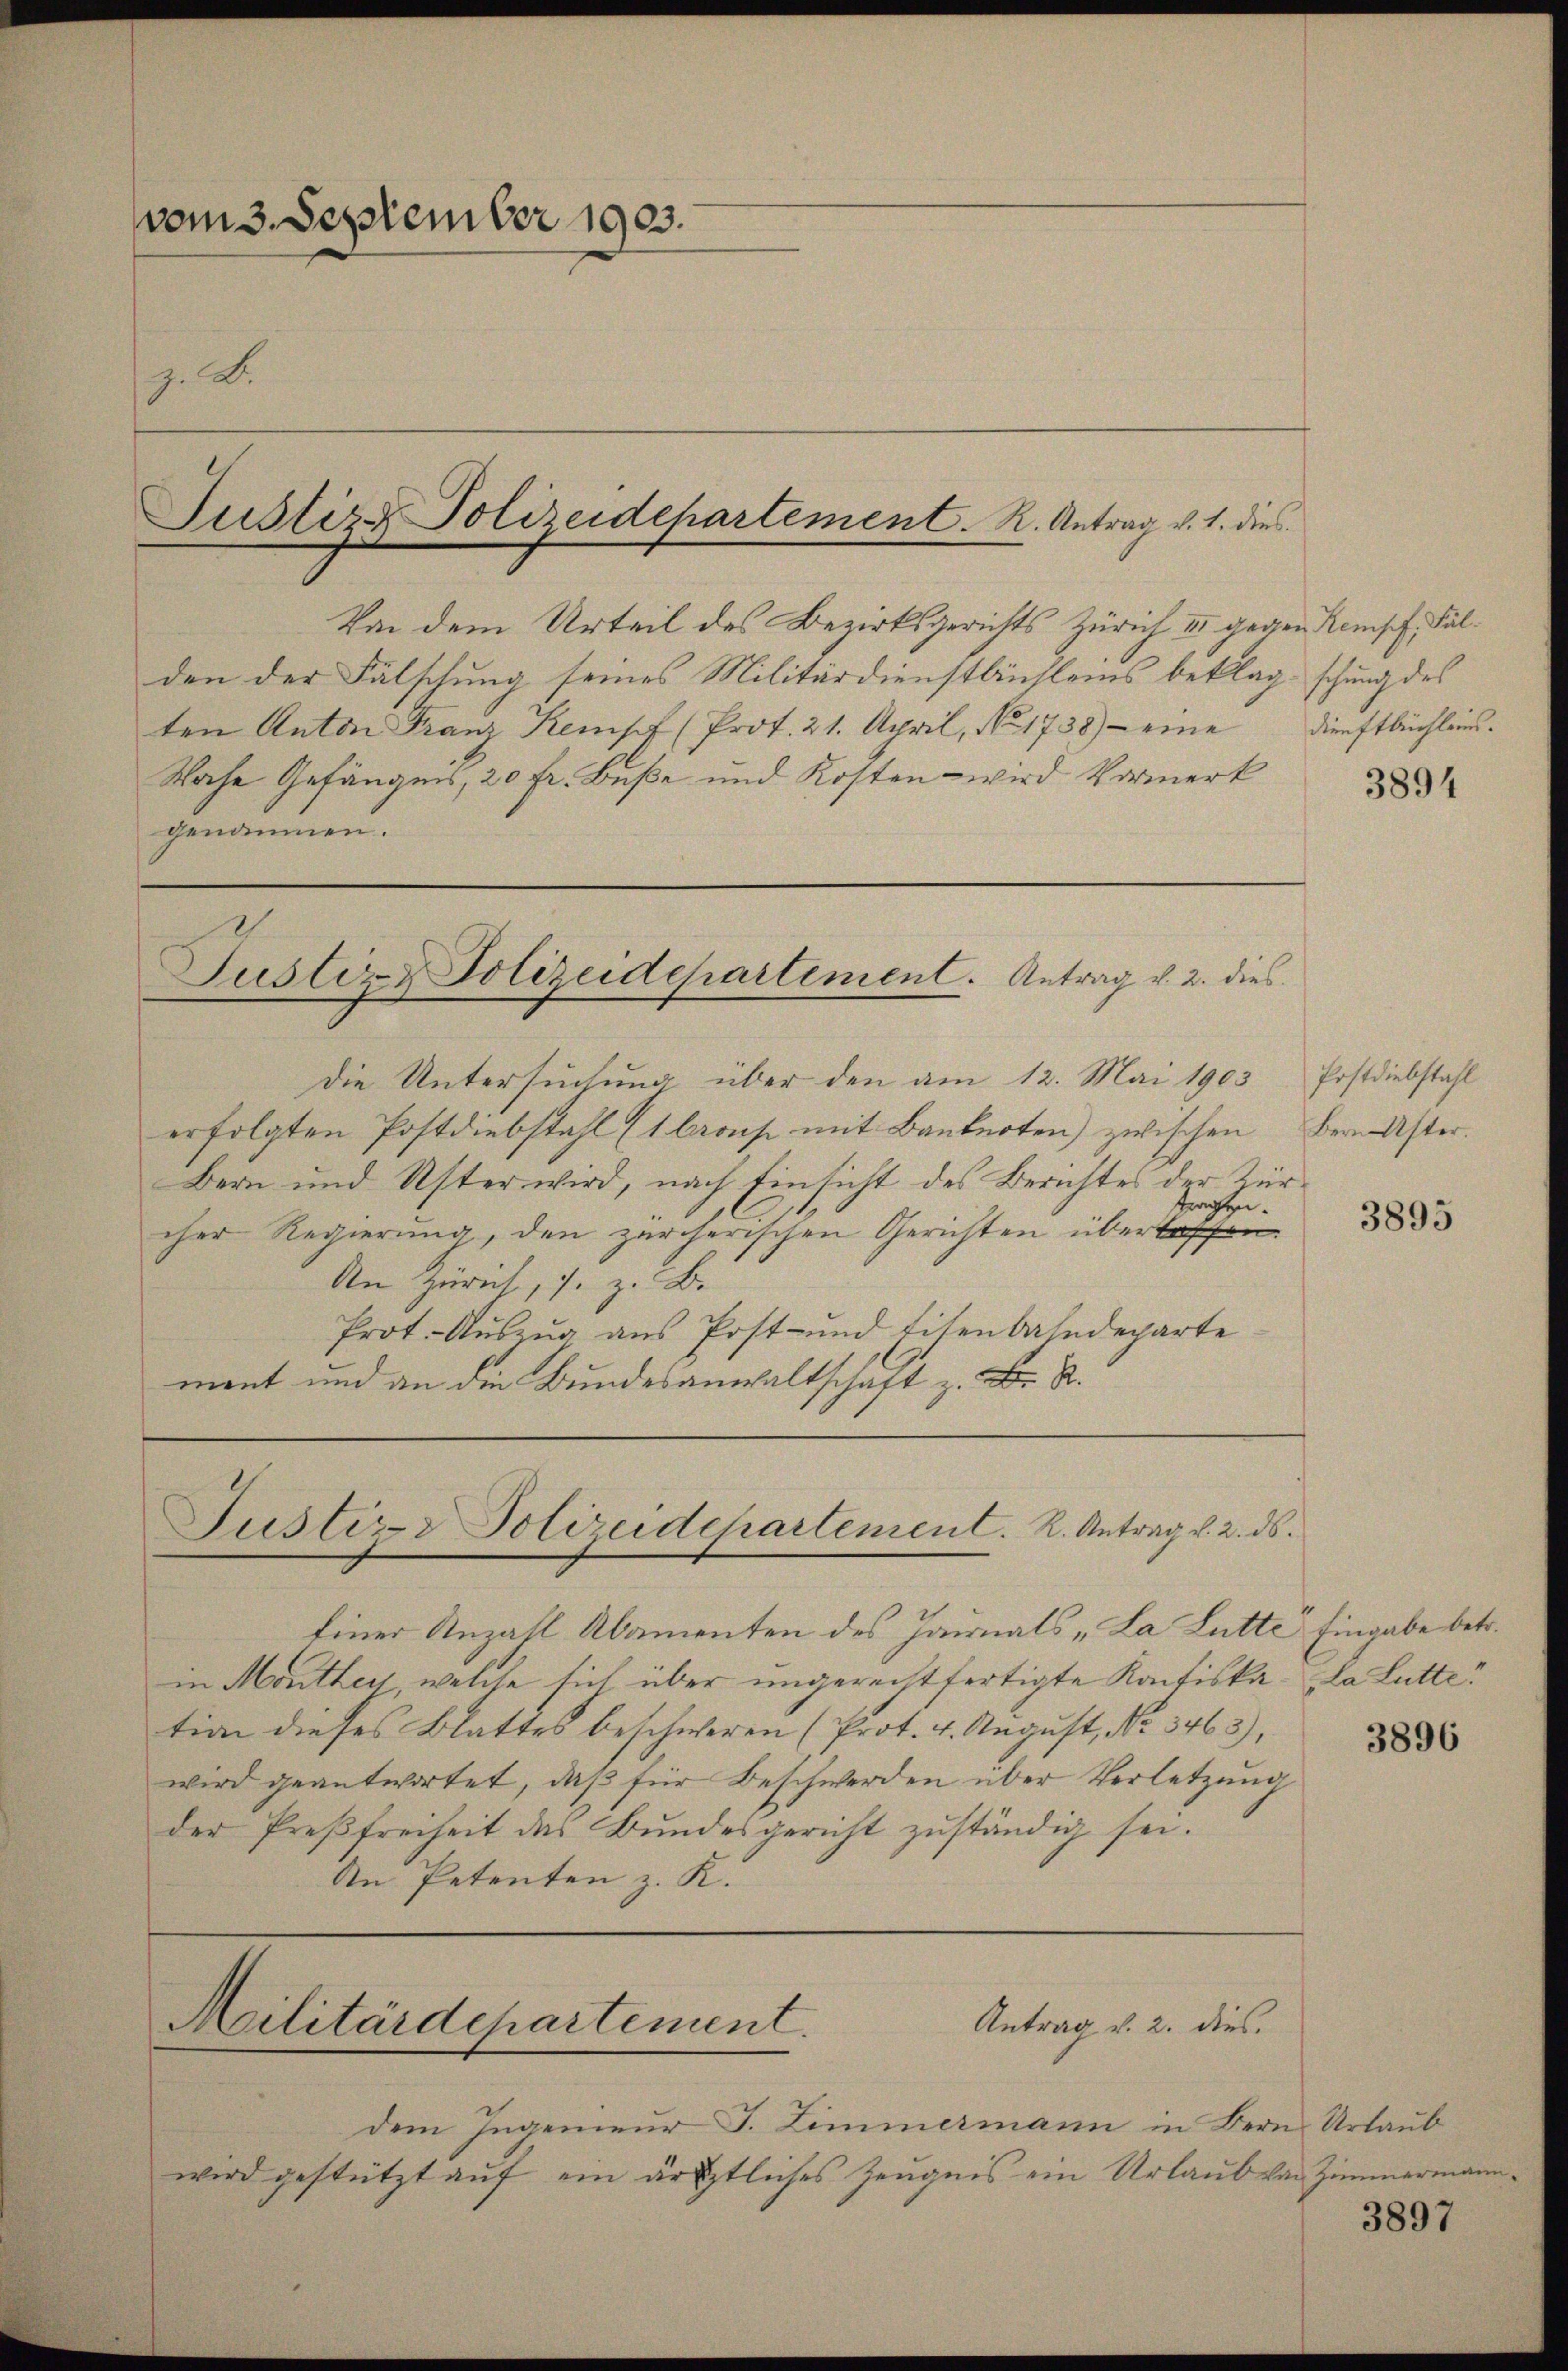
vom 3. September 1903.
z. B.

Von dem Urteil des Bezirksgerichts Zürich II gegen Komisch, Fälden der Fälschung seines Militärdienstbüchleins beklagschung des
ten Anton Franz Kempt (Prot. 21. April, No. 1738) - eine
Kache Gefängnis, 20 Fr. Buße und Kosten - wird Vormerk
genommen.

Justiz-Polizeidepartement. R. Antrag v. 1. dies

Justiz & Polizeidepartement. Antrag v. 2. dies

Die Untersuchung über den am 12. Mai 1903
erfolgten Postdiebstahl (1 brons mit Banknoten) zwischen
Bern und Uster wird, nach Einsicht des Berichtes der Zür¬
Prachen.
cher Regierung, den zürcherischen Gerichten übertoffen
An Zürich, s. z. B.
Prot. Auszug aus Post- und Eisenbahndeparte
mant und an die Bundesanwaltschaft z. B. R.

Justiz & Polizeidchartement. R. Antrag v. 2. ds.

Militärdepartement.

dem Ingenieŭr J. Zimmermann in Bern Urlaub
wird gestützt auf ein ärztliches Zeugnis ein Urlaub von Zimmerma¬

Antrag v. 2. dies

Dienstbuchlein.

Einer Anzahl Abamenten des Hainals „La Lutte Eingabe betr.
in Monther, welche sich über ungerechtfertigte Kontiska da Lutte
tion dieses Blattes beschweren (Prot. 4. August, No. 3463),
wird geantwortet, daß für Beschwerden über Verletzung
der Preßfreiheit des Bundesgericht zuständig sei.
An Petenten z. K.

3894

Postdiebstahl
Bern Uster.

3895

3896

3897